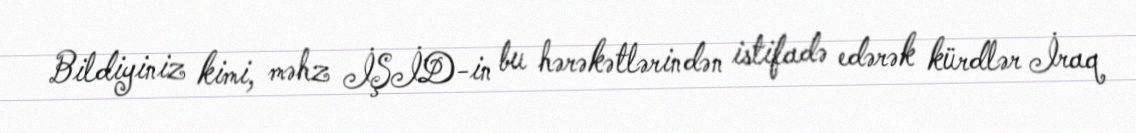
Bildiyiniz kimi, məhz İŞİD-in bu hərəkətlərindən istifadə edərək kürdlər İraq